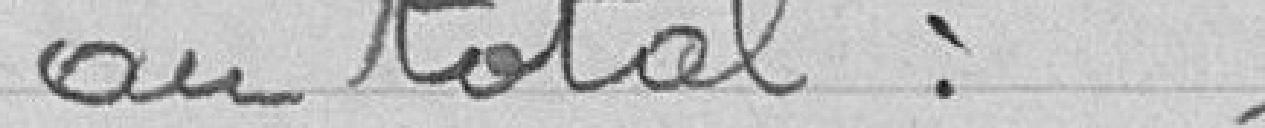
au total :